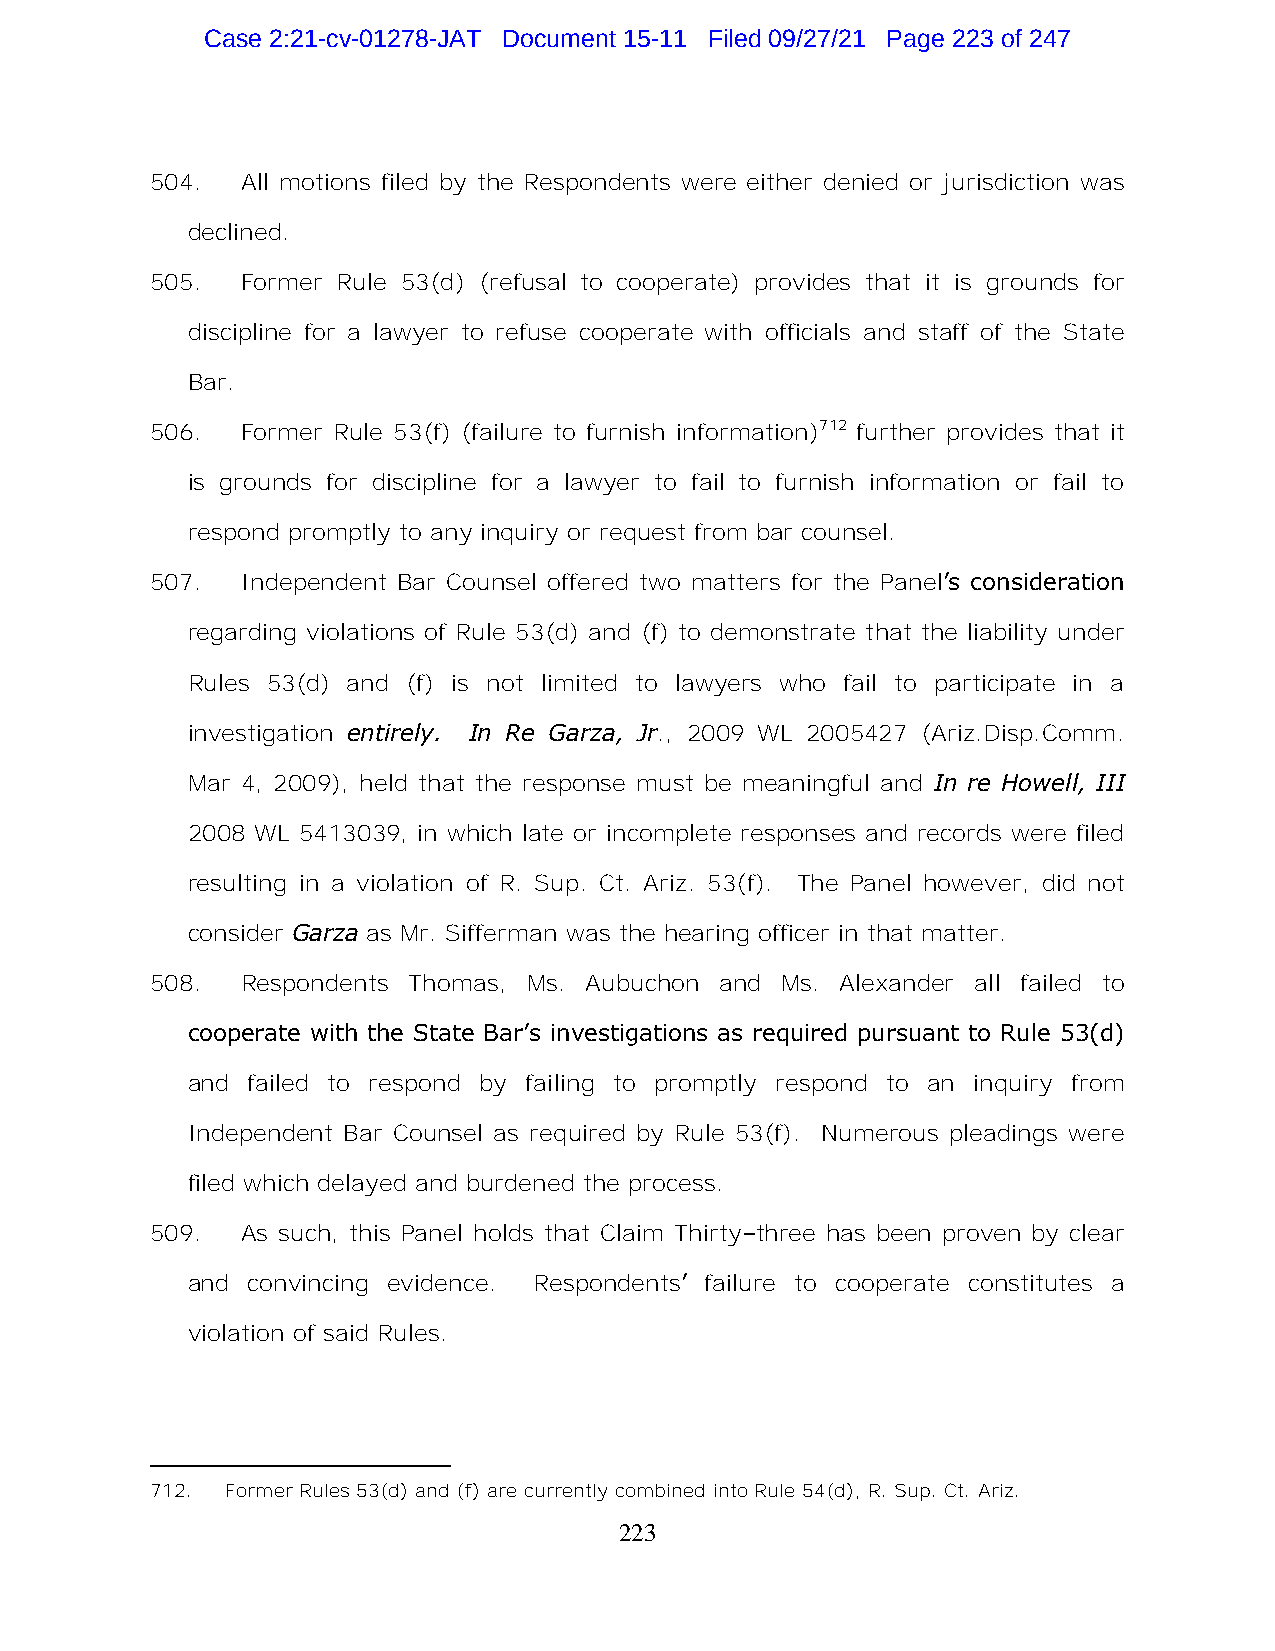
Case 2:21-cv-01278-JAT Document 15-11 Filed 09/27/21 Page 223 of 247
 504.  All motions filed by the Respondents were either denied or jurisdiction was
 declined.
 505.  Former Rule 53(d) (refusal to cooperate) provides that it is grounds for
 discipline for a lawyer to refuse cooperate with officials and staff of the State
 Bar.
 506.  Former Rule 53(f) (failure to furnish information)712 further provides that it
 is grounds for discipline for a lawyer to fail to furnish information or fail to
 respond promptly to any inquiry or request from bar counsel.
 507.  Independent Bar Counsel offered two matters for the Panel’s consideration
 regarding violations of Rule 53(d) and (f) to demonstrate that the liability under
 Rules 53(d) and (f) is not limited to lawyers who fail to participate in a
 investigation entirely. In Re Garza, Jr., 2009 WL 2005427 (Ariz.Disp.Comm.
 Mar 4, 2009), held that the response must be meaningful and In re Howell, III
 2008 WL 5413039, in which late or incomplete responses and records were filed
 resulting in a violation of R. Sup. Ct. Ariz. 53(f). The Panel however, did not
 consider Garza as Mr. Sifferman was the hearing officer in that matter.
 508.  Respondents Thomas, Ms. Aubuchon and Ms. Alexander all failed to
 cooperate with the State Bar’s investigations as required pursuant to Rule 53(d)
 and failed to respond by failing to promptly respond to an inquiry from
 Independent Bar Counsel as required by Rule 53(f). Numerous pleadings were
 filed which delayed and burdened the process.
 509.  As such, this Panel holds that Claim Thirty–three has been proven by clear
 and convincing evidence. Respondents’ failure to cooperate constitutes a
 violation of said Rules.
 712. Former Rules 53(d) and (f) are currently combined into Rule 54(d), R. Sup. Ct. Ariz.
 223